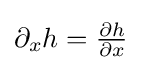
\partial _{x}h={\tfrac {\partial h}{\partial x}}